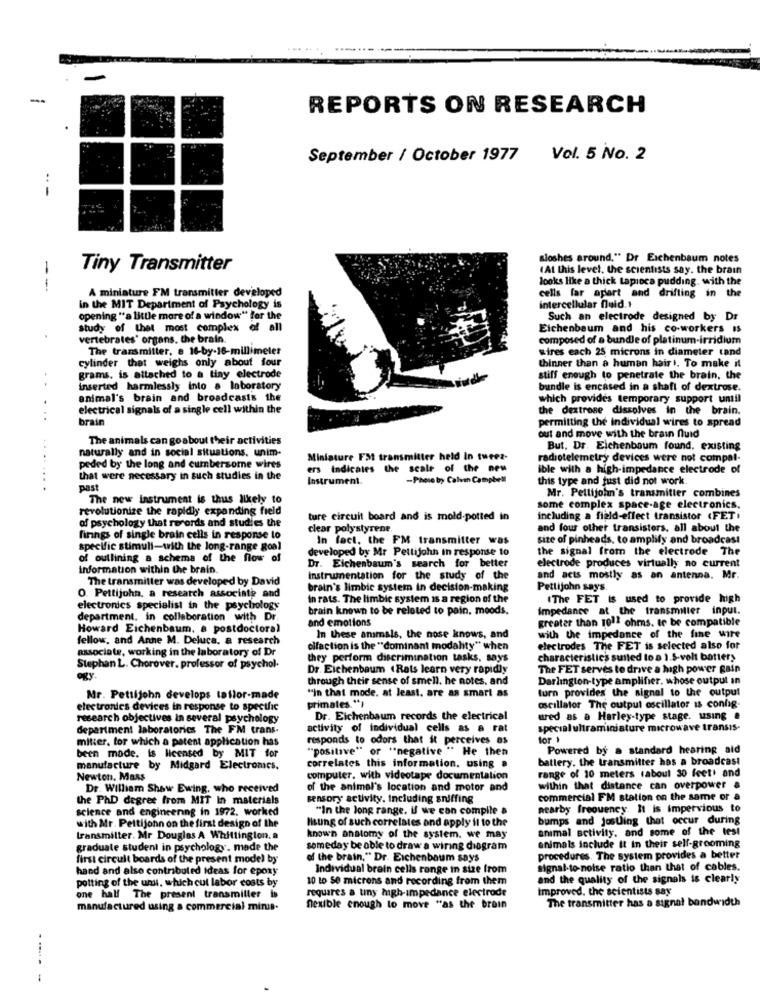
---
REPORTS ON RESEARCH
September / October 1977
Vol. 5 No. 2
--
sloshes around," Dr Eichenbaum notes
Tiny Transmitter
(At this level, the scientists say. the brain
looks like a thick tapioca pudding. with the
---
A miniature FM transmitter developed
cells far apart and drifting in the
in the MIT Department of Psychology is
intercellular fuld.+
opening "a little more of a window" for the
Such an electrode designed by Dr
study of thet most complex of all
Eichenbaum and his co-workers is
vertebrates' organs. the brain.
composed of a bundle of platinum-irridium
The transmitter, e 16-by-16-millimeter
wires each 25 microns in diameter tand
cylinder that weighs only about four
thinner than a human hair I. To make it
grams, is attached to a tiny electrode
iude
stiff enough to penetrate the brain, the
..
inserted harmlessly into a laboratory
bundle is encased in a shaft of dextrose.
animal's brain and broadcasts the
which provides temporary support until
electrical signals of a single cell within the
the dextrose dissolves in the brain.
brain
permitting the individual wires to spread
The animals can goabout their activities
out and move with the brain fluid
naturally and in social situations. unim-
But. Dr. Eichenbaum found, existing
Miniature Fat transmitter held In tuees-
radiotelemetry devices were not compal-
peded by the long and cumbersome wires
ers Indicates the scale of the new
ible with a high-impedance electrode of
that were necessary in such studies in the
Instrument.
-Phere by Calvin Campbell
this type and just did not work.
past
Mr. Pettijohn's transmitter combines
The new instrument is thus likely to
revolutionize the rapidly expanding field
some complex space-age electronics.
of psychology that records and studies the
ture circuit board and is mold-potted in
including a field-effect transistor (FETI
clear polystyrene.
and four other transistors, all about the
finngs of single brain cells in response to
In fact, the FM transmitter was
size of pinheads, to amplify and broadcast
specific stimuli-with the long-range goal
developed by Mr Pellijohn in response to
the signal from the electrode The
of outlining a schema of the flow of
information within the brain.
Dr. Eichenbaum's search for better
electrode produces virtually no current
The transmitter was developed by David
Instrumentation for the study of the
and acts mostly as an antenna. Mr.
O. Pettijohn, a research associate and
brain's limbic system in decision-making
Pettijohn says.
in rats. The limbic system Is a region of the
"The FET is used to provide high
electronics specialist in the psychology
brain known to be related to pain. moods.
Impedance at the transmiller input.
department. in collaboration with Dr
and emotions
greater than 1011 ohms. tr be compatible
Howard Eichenbaum, a postdoctoral
fellow, and Anne M. Deluca, a research
In these animals, the nose knows, and
with the impedance of the fine wire
associate, working in the laboratory of Dr
cifaction is the ""dominant modality" when
electrodes The FET is selected also for
they perform discrimination tasks, says
characteristics suited to a 1.5-volt battery
Stephan L. Chorover, professor of psychol.
Dr. Eichenbaum (Rats learn very rapidly
The FET serves to drive a high power gain
ogY.
through their sense of smell. he notes, and
Darlington-type amplifier, whose output an
"in that mode. at least. are as smart as
turn provides the signal to the output
Mr. Pettijohn develops tailor-made
primates.")
electronics devices in response to specific
oscillator The output oscillator is config-
research objectives in several psychology
Dr. Eichenbaum records the electrical
ured as a Harley-type stage. using a
department laboratories The FM trans-
activity of individual cells as a rat
special ultraminiature microwave transis-
mitter, for which a patent application has
responds to odors that it perceives es
for )
"posilave" or "negative " He then
Powered by a standard hearing aid
been made. is licensed by MIT for
battery. the transmitter has a broadcast
manufacture by Midgard Electronics.
correlates this information. using a
Newton, Mass
computer, with videotape documentation
range of 10 meters (about 30 feet. and
Dr. William Show Ewing, who received
of the animal's location and motor and
within that distance can overpower a
the PhD degree from MIT In materials
sensory activity, Including sniffing
commercial FM station on the same or a
science and engincenng in 1972. worked
"In the long range. if we can compile a
nearby frequency. It is impervious to
Ilsung of such correlates and apply it to the
bumps and josting that occur during
with Mr. Pettijohn on the first design of the
animal activity. and some of the test
transmitter. Mr Douglas A Whittington. a
known anatomy of the system. we may
graduate student in psychology. mode the
someday be able to draw a wiring diagram
animals include it in their self-grooming
first circuit boards of the present model by
of the brain," Dr. Eichenbaum says
procedures. The system provides a better
hand and also contributed ideas for epoxy
Individual brain cells range in size from
signal-to-noise ratio than that of cables.
potting of the uns, which cul labor costs by
10 to Se microns and recording from them
and the quality of the signals is clearly
requires a tiny high-impedance electrode
Improved. the scientists say
one half The present transmiller i
The transmitter has a signal bandwidth
manufactured using a commercial minis-
fexible enough to move "as the brain
- -